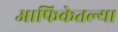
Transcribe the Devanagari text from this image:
आफिकेतल्या